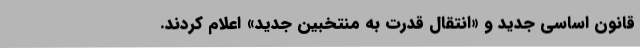
قانون‌ اساسی‌ جدید و «انتقال‌ قدرت‌ به‌ منتخبین‌ جدید» اعلام کردند.